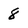
Character: 8